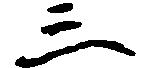
三